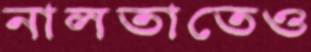
নালতাতেও